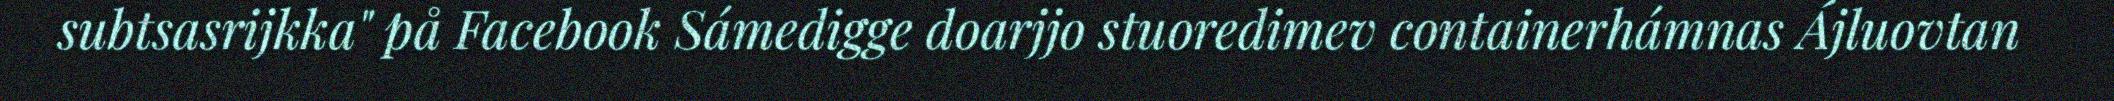
subtsasrijkka" på Facebook Sámedigge doarjjo stuoredimev containerhámnas Ájluovtan